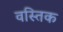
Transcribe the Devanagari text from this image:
वस्तिक